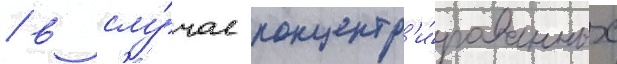
/ в слу́чае концентр'и́рованных